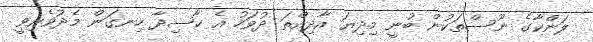
ލަންކާގެ ނޫސްތަކުން ބުނީ މިދިޔަ އާދިއްތަ ދުވަހު އެ ހާސިދާ ހިނގަން މެދުވެރިވީ